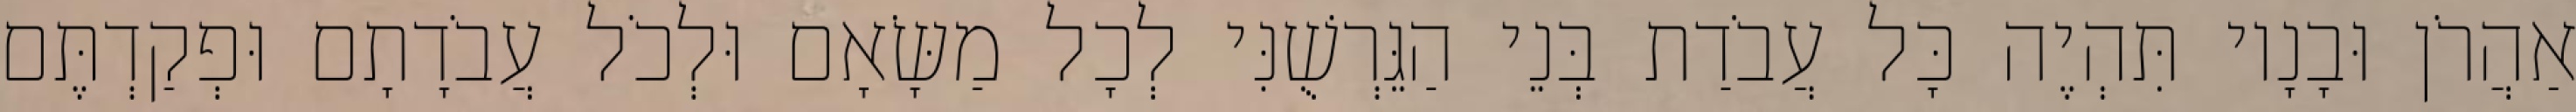
אַהֲרֹן וּבָנָיו תִּהְיֶה כָּל עֲבֹדַת בְּנֵי הַגֵּרְשֻׁנִּי לְכָל מַשָּׂאָם וּלְכֹל עֲבֹדָתָם וּפְקַדְתֶּם